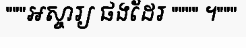
"""អស្ចារ្យ ផងដែរ """" ។"""